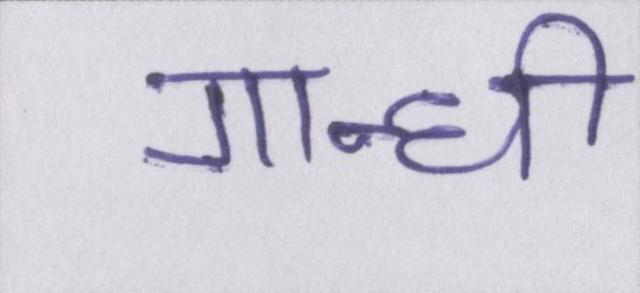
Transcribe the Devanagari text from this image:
गान्धी